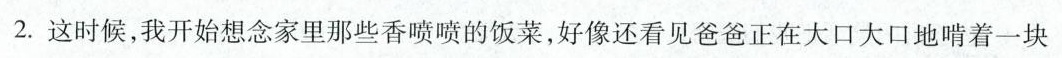
2.这时候，我开始想念家里那些香喷喷的饭菜，好像还看见爸爸正在大口大口地啃着一块